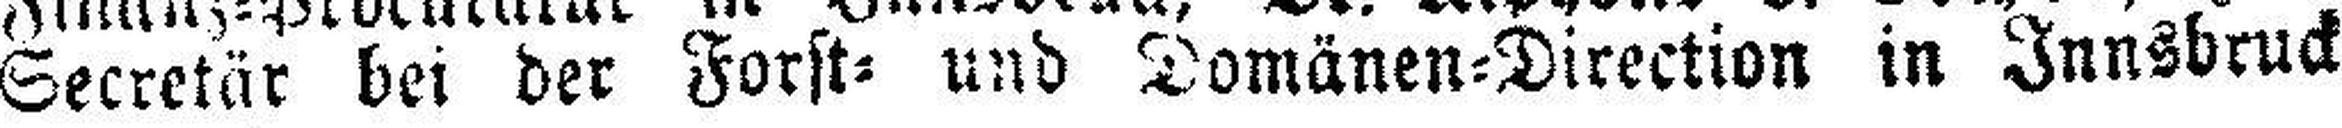
Secretär bei der Forst= und Domänen=Direction in Innsbruck